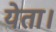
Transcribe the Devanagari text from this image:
येता।